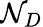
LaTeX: \mathcal{N}_{D}